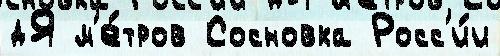
дЯ м'е́тров Сосновка Росс'и́и